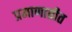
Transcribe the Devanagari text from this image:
प्रमाणातीत